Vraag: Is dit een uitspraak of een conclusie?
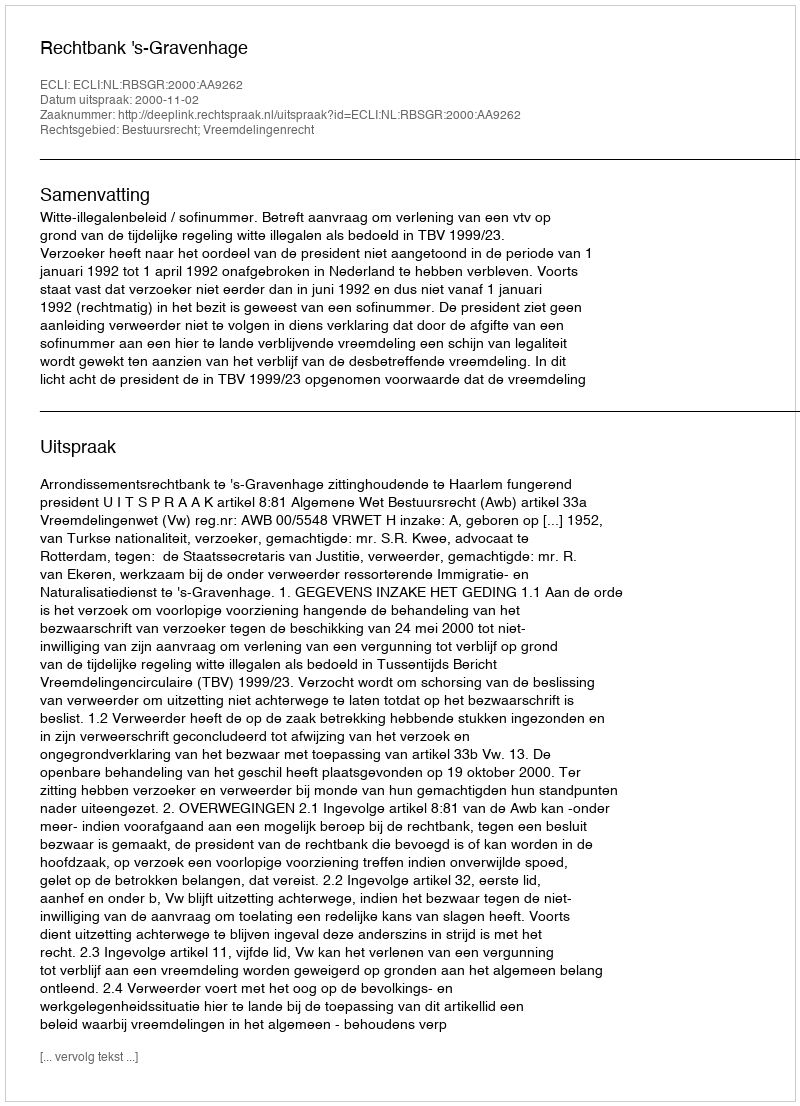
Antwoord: Uitspraak